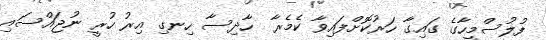
ފުލުސްމީހާގެ ގައިގާ ހަރުކޮށްފައިވާ ކެމެރާ  ހާދިސާ ހިނގި އިރު ހުރީ ނުޖައްސައި